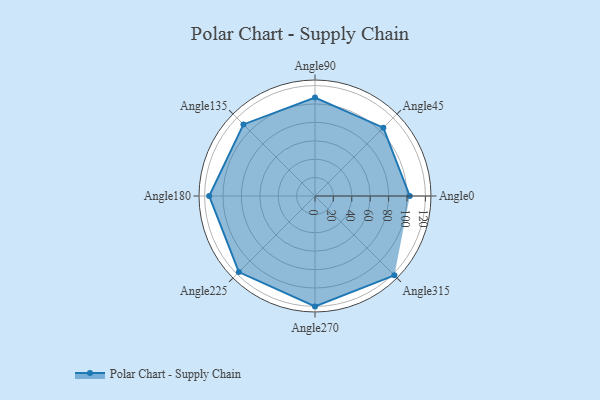
{"axis": {"x": "Angle", "y": "Radius"}, "legend": [""], "data": [{"x": "Angle0", "y": 103.0, "type": ""}, {"x": "Angle45", "y": 105.0, "type": ""}, {"x": "Angle90", "y": 107.0, "type": ""}, {"x": "Angle135", "y": 110.0, "type": ""}, {"x": "Angle180", "y": 115.0, "type": ""}, {"x": "Angle225", "y": 117.0, "type": ""}, {"x": "Angle270", "y": 120.0, "type": ""}, {"x": "Angle315", "y": 122.0, "type": ""}]}